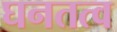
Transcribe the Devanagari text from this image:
घनतत्व